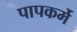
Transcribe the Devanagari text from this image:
पापकर्मे